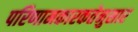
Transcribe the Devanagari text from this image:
परिणामकारकतेनुसार